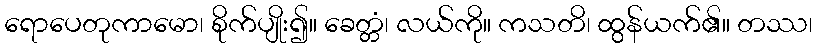
ရောပေတုကာမော၊ စိုက်ပျိုး၍။ ခေတ္တံ၊ လယ်ကို။ ကသတိ၊ ထွန်ယက်၏။ တဿ၊